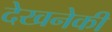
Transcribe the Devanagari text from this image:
देखनेकी